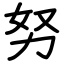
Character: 努